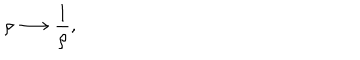
\rho \longrightarrow \frac { 1 } { \rho } ,